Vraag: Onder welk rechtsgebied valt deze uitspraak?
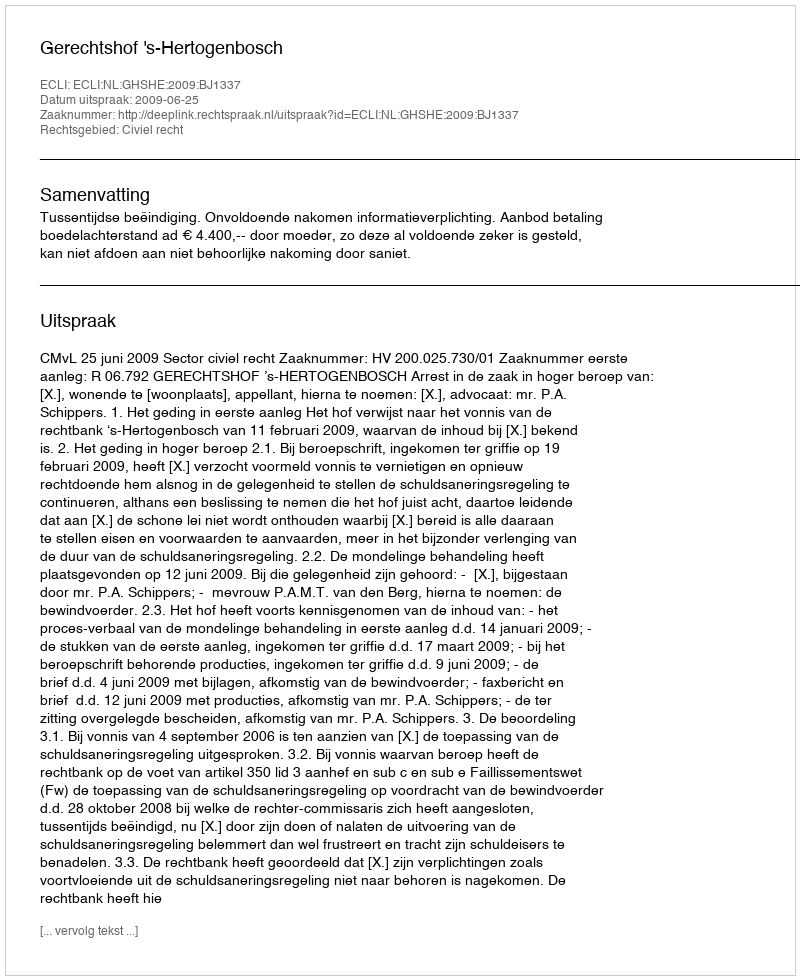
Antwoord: Civiel recht